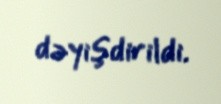
dəyişdirildi.